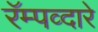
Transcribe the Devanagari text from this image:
रॅम्पव्दारे